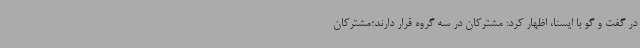
در گفت و گو با ایسنا، اظهار کرد: مشترکان در سه گروه قرار دارند؛مشترکان